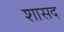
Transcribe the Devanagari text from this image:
शासद